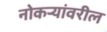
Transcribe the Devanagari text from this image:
नोकऱ्यांवरील